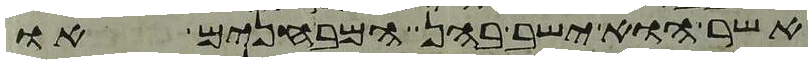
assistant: אשר הוא ישב בהן המבחנים או